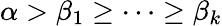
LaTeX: \alpha>\beta_{1}\geq\cdots\geq\beta_{k}